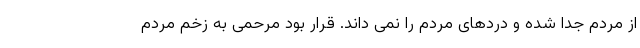
از مردم جدا شده و دردهای مردم را نمی داند. قرار بود مرحمی به زخم مردم